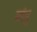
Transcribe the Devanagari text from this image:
बांबु